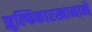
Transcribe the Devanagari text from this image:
झुल्फिकारखानाने